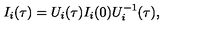
I _ { i } ( { \tau } ) = U _ { i } ( { \tau } ) I _ { i } ( 0 ) U _ { i } ^ { - 1 } ( { \tau } ) ,